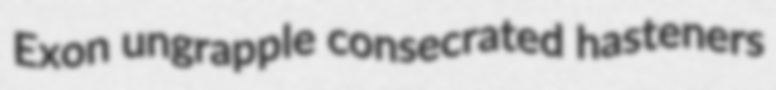
Exon ungrapple consecrated hasteners